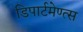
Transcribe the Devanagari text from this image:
डिपार्टमेण्त्स